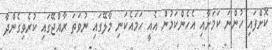
ކޮށްފައި ހުންނަ ކަމަށާއި އެހެންކަމުން އެއީ ހަމައެކަނި މާލޭގައި ނުވަތަ ރާއްޖޭގައި ކުރެވިގެންދާ